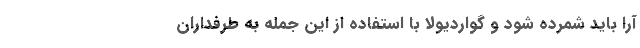
آرا باید شمرده شود و گواردیولا با استفاده از این جمله به طرفداران